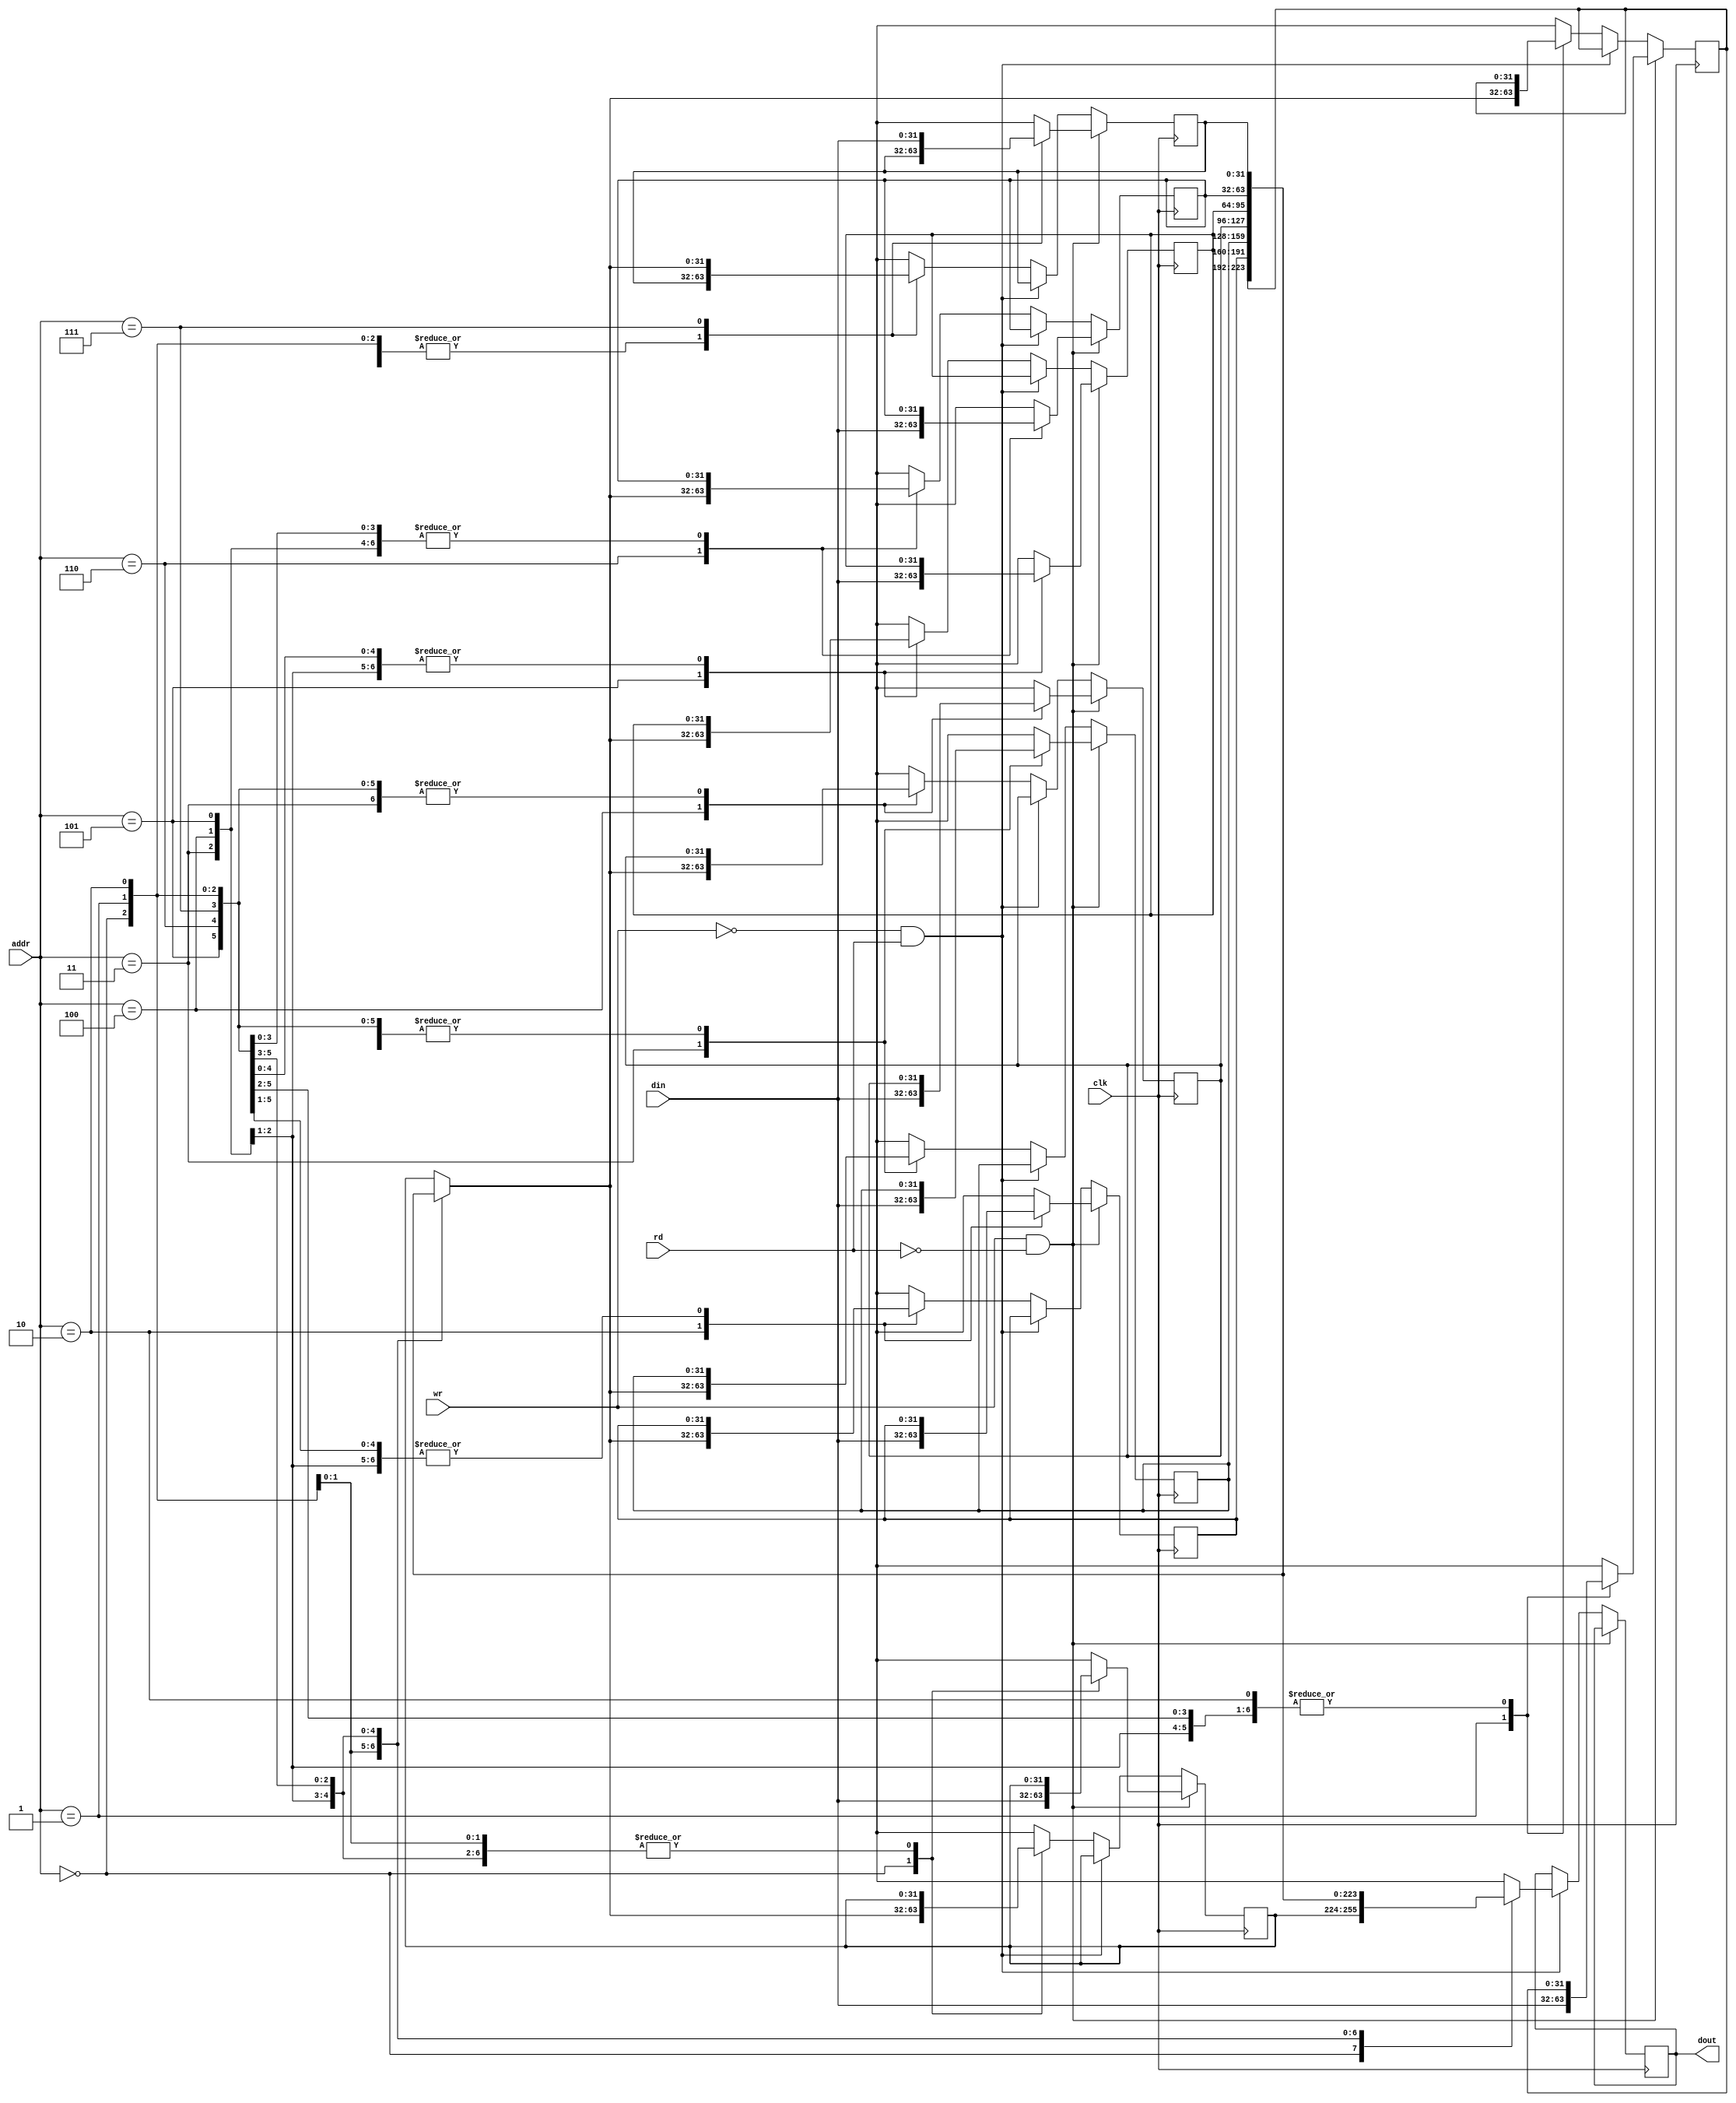
module dualport_sram(input clk,wr,rd,
                    input [31:0] din, 
                    input [2:0] addr,
                    output reg [31:0] dout
);

reg [31:0] mem [7:0]; 
always @(posedge clk) 
begin
   if(wr && !rd)
   mem[addr]=din;
   else if(!wr && rd)
   dout=mem[addr]; 
   else
   begin
   dout=dout;
   mem[addr]=mem[addr];
   end
end
endmodule